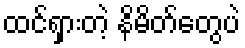
ထင်ရှားတဲ့ နိမိတ်တွေပဲ